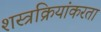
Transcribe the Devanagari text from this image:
शस्त्रक्रियांकरता